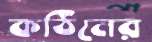
কঠিনের